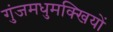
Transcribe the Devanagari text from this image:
गुंजमधुमक्खियों